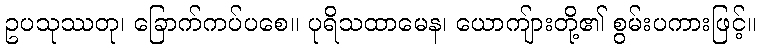
ဥပသုဿတု၊ ခြောက်ကပ်ပစေ။ ပုရိသထာမေန၊ ယောကျ်ားတို့၏ စွမ်းပကားဖြင့်။